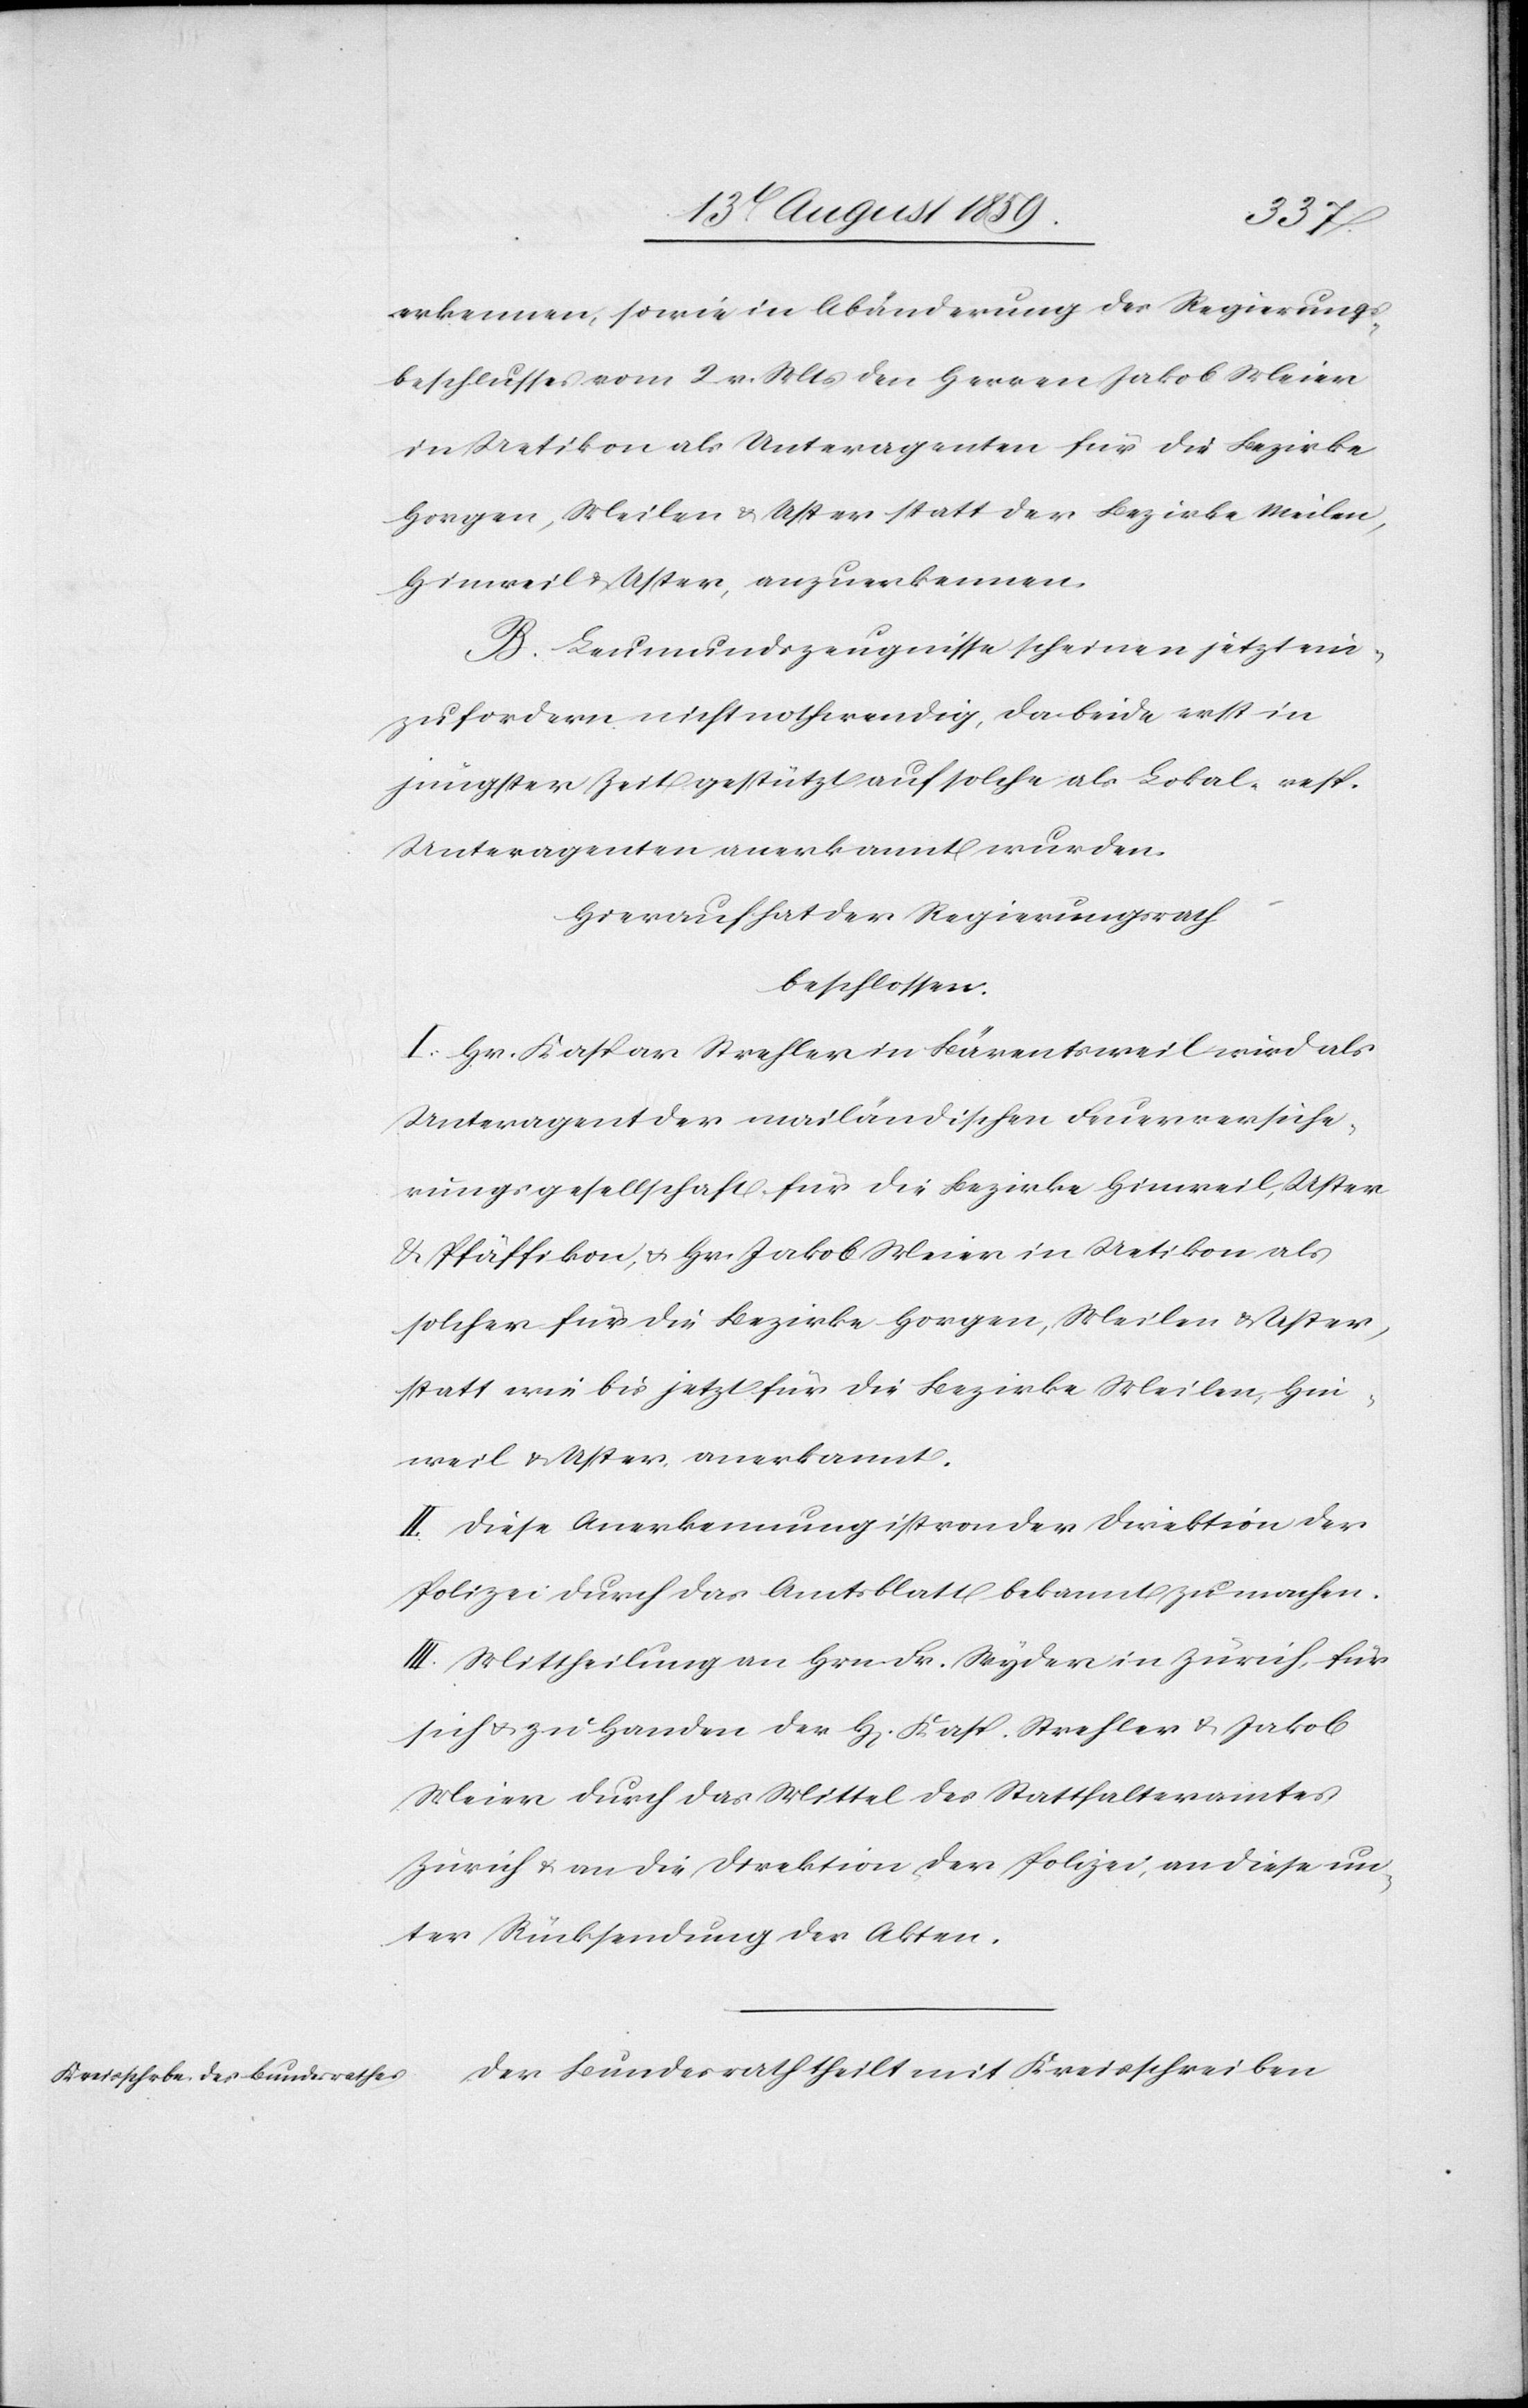
erkennen, sowie in Abänderung des Regierungs¬
beschlusses vom 2. v. Mts. den Herren Jakob Meier
in Uetikon als Unteragenten für die Bezirke
Horgen, Meilen u. Uster statt der Bezirke Meilen,
Hinweil u. Uster, anzuerkennen.
B. Leumundszeugnisse scheinen jetzt ein¬
zufordern nicht nothwendig, da beide erst in
jüngster Zeit gestützt auf solche als Lokal- resp.
Unteragenten anerkannt wurden.
Hierauf hat der Regierungsrath
beschlossen.
I. Hr. Kaspar Strehler in Bärentsweil wird als
Unteragent der mailändischen Feuerversiche¬
rungsgesellschaft für die Bezirke Hinweil, Uster
u. Päffikon u. Hr. Jakob Meier in Uetikon als
solcher für die Bezirke Horgen, Meilen u. Uster,
statt wie bis jetzt für die Bezirke Meilen, Hin¬
weil u. Uster, anerkannt.
II. Diese Anerkennung ist von der Direktion der
Polizei durch das Amtsblatt bekannt zu machen.
III. Mittheilung an Hrn. Fr. Wyder in Zürich, für
sich u. zu Handen der H[erren] Kasp. Strehler u. Jakob
Meier durch das Mittel des Statthalteramtes
Zürich u. an die Direktion der Polizei, an diese un¬
ter Rücksendung der Akten.
Der Bundesrath theilt mit Kreisschreiben